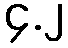
၄.၂